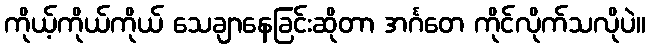
ကိုယ့်ကိုယ်ကိုယ် သေချာနေခြင်းဆိုတာ အင်္ဂတေ ကိုင်လိုက်သလိုပဲ။